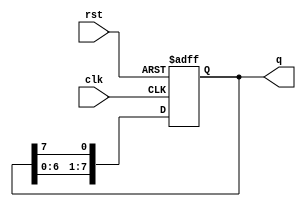
`timescale 1ns / 1ps


module shifter(
     q,
     clk,
     rst
    );
    output reg [7:0] q;
    input  clk;
    input  rst;
    
    initial
    begin
        q <= 8'b01010101;
    end
    
    always@( posedge clk or posedge rst )
    begin
        if( rst )
            q <= 8'b01010101;
        else
        begin
            q[0] <= q[7];
            q[1] <= q[0];
            q[2] <= q[1];
            q[3] <= q[2];
            q[4] <= q[3];
            q[5] <= q[4];
            q[6] <= q[5];
            q[7] <= q[6];
        end
    end
        
endmodule